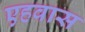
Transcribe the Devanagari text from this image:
एहवास